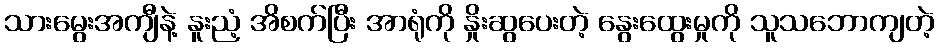
သားမွေးအကျီနဲ့ နူးညံ့ အိစက်ပြီး အာရုံကို နှိုးဆွပေးတဲ့ နွေးထွေးမှုကို သူသဘောကျတဲ့